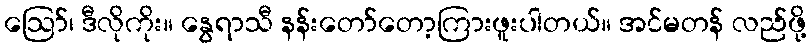
ဩော်၊ ဒီလိုကိုး။ နွေရာသီ နန်းတော်တော့ကြားဖူးပါတယ်။ အင်မတန် လည်ဖို့